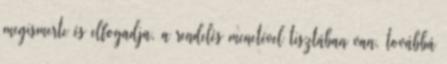
megismerte és elfogadja, a rendelés menetével tisztában van, továbbá